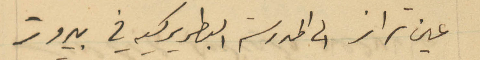
عين تراز الى المدرسة البطريركية في بيروت